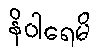
နိဝါရေမိ